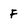
Character: F